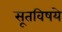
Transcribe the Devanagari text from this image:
सूतविषये